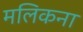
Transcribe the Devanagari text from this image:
मलिकना